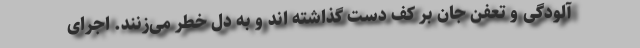
آلودگی و تعفن جان بر کف دست گذاشته اند و به دل خطر می‌زنند. اجرای